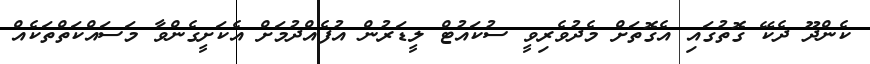
ކެންދޫ ދެކޭ ގޮތުގައި އެގޮތަށް މެދުވެރިވީ ސުކައުޓް ލީޑަރުން އުފެއްދުމަށް އެކަށީގެންވާ މަސައްކަތްތަކެއް